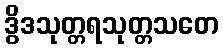
ဒွိဒသုတ္တရသုတ္တသတေ